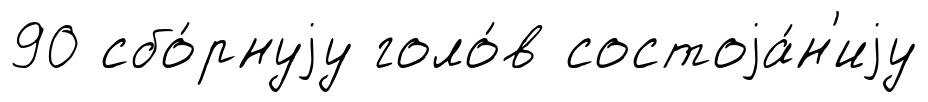
90 сбо́рнуjу голо́в состоjа́н'иjу